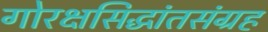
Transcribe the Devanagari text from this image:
गोरक्षसिद्धांतसंग्रह